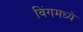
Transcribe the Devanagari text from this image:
विंगमध्ये